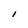
Character: I